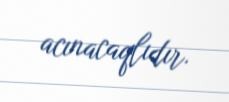
acınacaqlıdır.